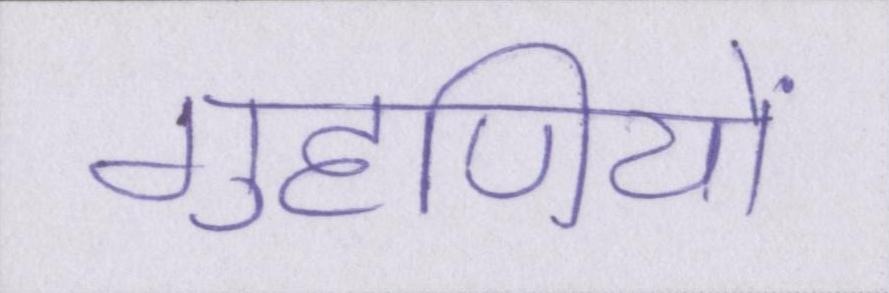
गृहणियों